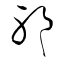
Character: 邪